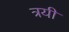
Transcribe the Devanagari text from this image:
त्रयीं